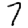
Digit: 7